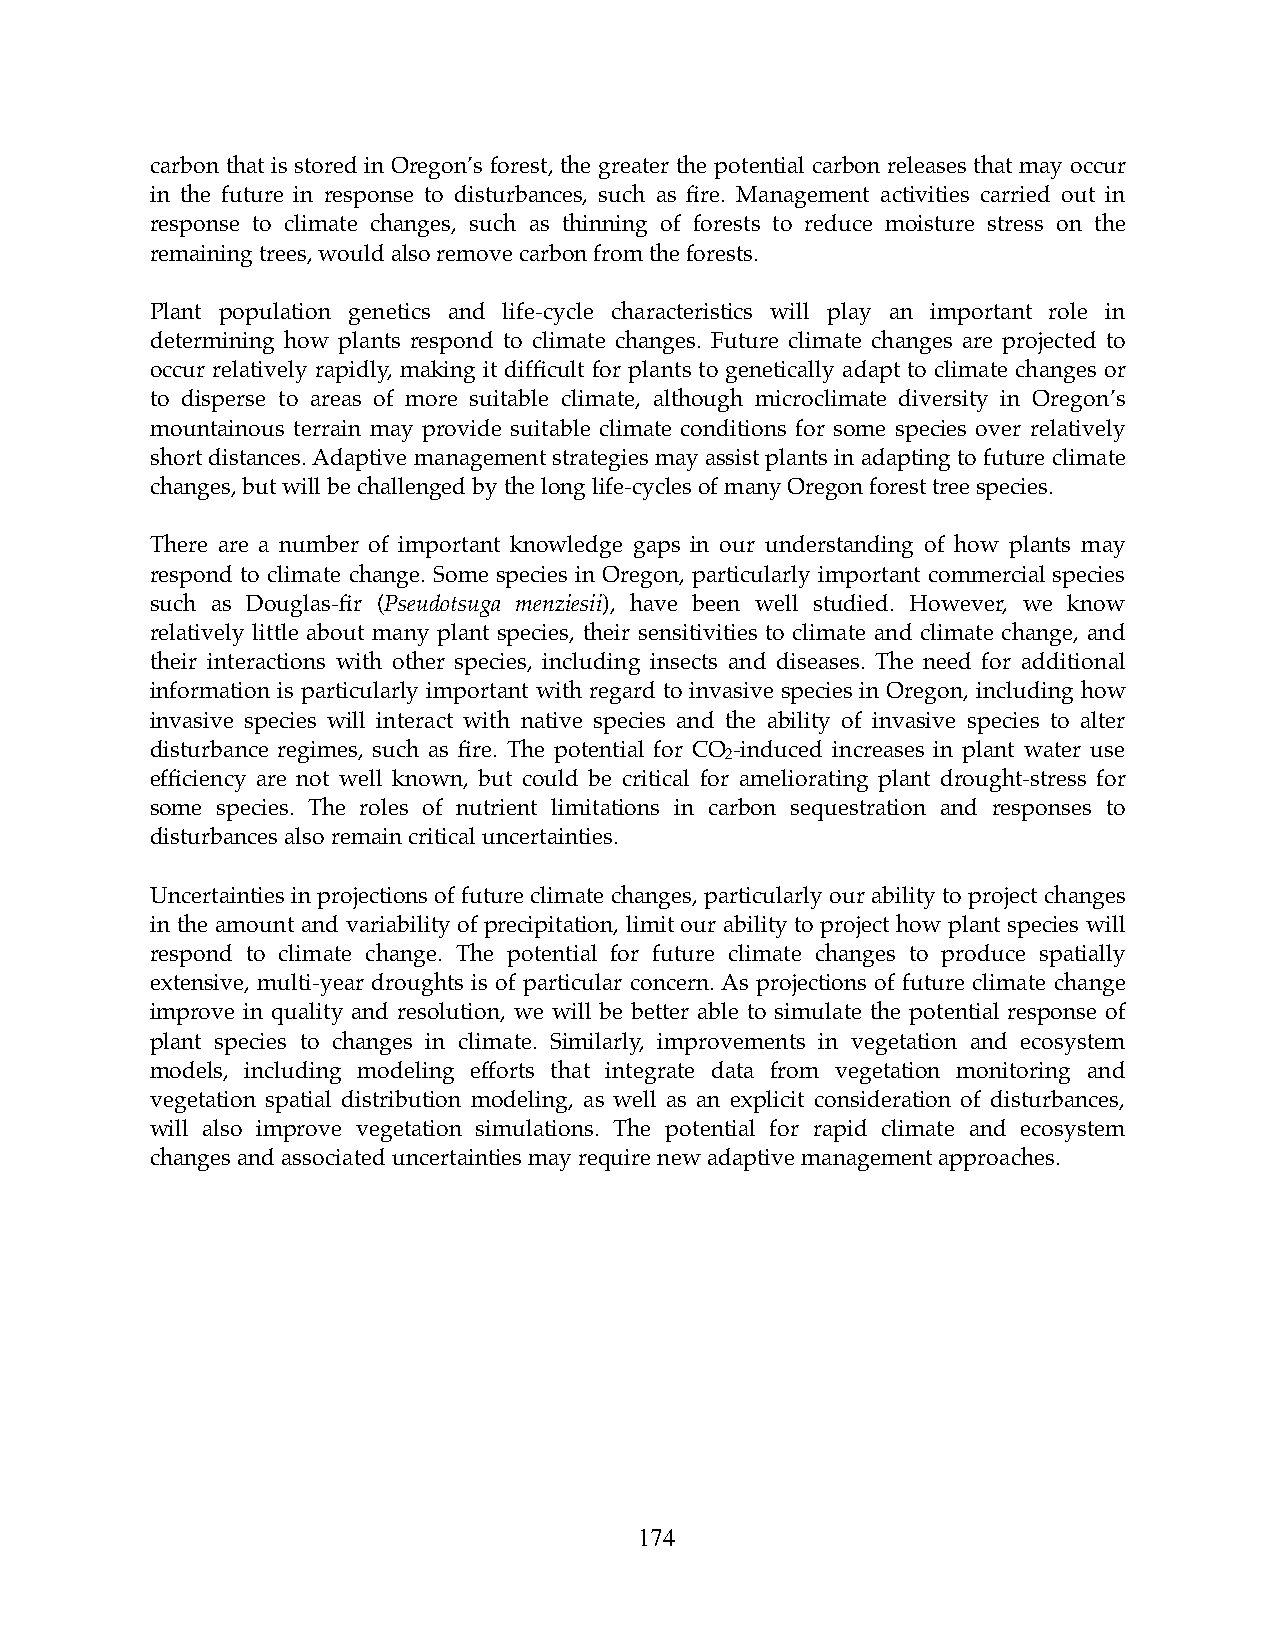
carbon that is stored in Oregon’s forest, the greater the potential carbon releases that may occur
 in the future in response to disturbances, such as fire. Management activities carried out in
 response to climate changes, such as thinning of forests to reduce moisture stress on the
 remaining trees, would also remove carbon from the forests.
 Plant population genetics and life-cycle characteristics will play an important role in
 determining how plants respond to climate changes. Future climate changes are projected to
 occur relatively rapidly, making it difficult for plants to genetically adapt to climate changes or
 to disperse to areas of more suitable climate, although microclimate diversity in Oregon’s
 mountainous terrain may provide suitable climate conditions for some species over relatively
 short distances. Adaptive management strategies may assist plants in adapting to future climate
 changes, but will be challenged by the long life-cycles of many Oregon forest tree species.
 There are a number of important knowledge gaps in our understanding of how plants may
 respond to climate change. Some species in Oregon, particularly important commercial species
 such as Douglas-fir (Pseudotsuga menziesii), have been well studied. However, we know
 relatively little about many plant species, their sensitivities to climate and climate change, and
 their interactions with other species, including insects and diseases. The need for additional
 information is particularly important with regard to invasive species in Oregon, including how
 invasive species will interact with native species and the ability of invasive species to alter
 disturbance regimes, such as fire. The potential for CO -induced increases in plant water use
 2
 efficiency are not well known, but could be critical for ameliorating plant drought-stress for
 some species. The roles of nutrient limitations in carbon sequestration and responses to
 disturbances also remain critical uncertainties.
 Uncertainties in projections of future climate changes, particularly our ability to project changes
 in the amount and variability of precipitation, limit our ability to project how plant species will
 respond to climate change. The potential for future climate changes to produce spatially
 extensive, multi-year droughts is of particular concern. As projections of future climate change
 improve in quality and resolution, we will be better able to simulate the potential response of
 plant species to changes in climate. Similarly, improvements in vegetation and ecosystem
 models, including modeling efforts that integrate data from vegetation monitoring and
 vegetation spatial distribution modeling, as well as an explicit consideration of disturbances,
 will also improve vegetation simulations. The potential for rapid climate and ecosystem
 changes and associated uncertainties may require new adaptive management approaches.
 174